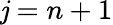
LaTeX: \mathit{j}=n+1